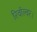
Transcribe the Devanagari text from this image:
रिवॉल्वर।